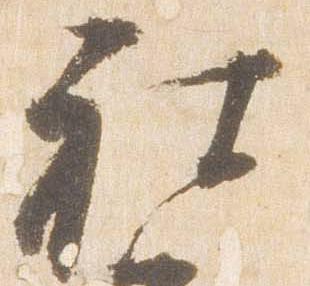
被